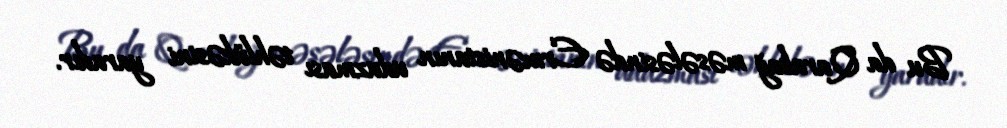
Bu da Qarabağ məsələsində Ermənistanın uduzması təhlükəsini yaradır.